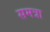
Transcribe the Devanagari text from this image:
समत्रा